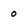
Character: 0